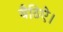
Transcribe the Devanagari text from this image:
बैठिऐ।